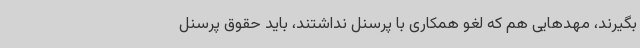
بگیرند، مهدهایی هم که لغو همکاری با پرسنل نداشتند، باید حقوق پرسنل